Vaccination in the Punjab 1905-1918 - 1905-1918
Year: 1905
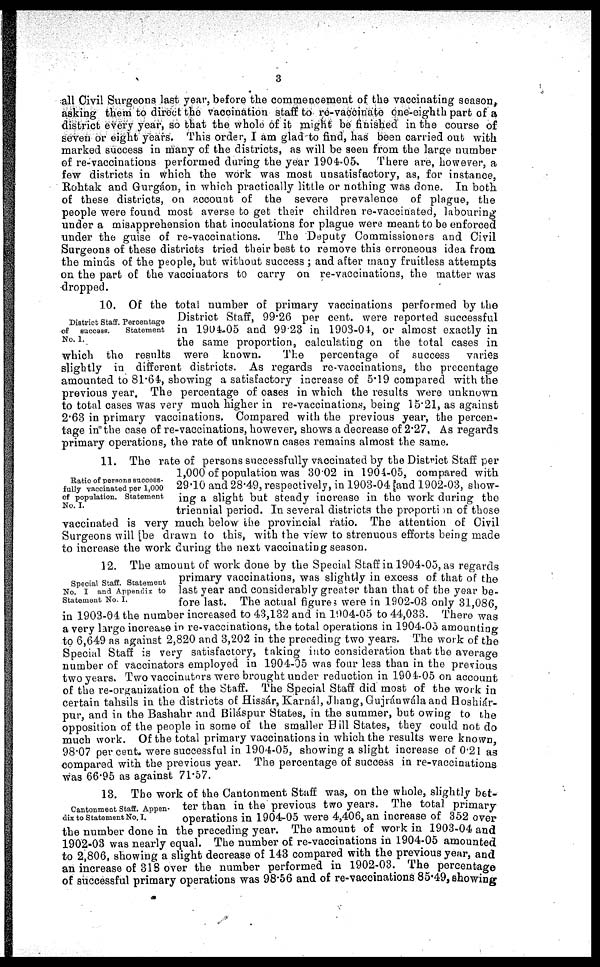
3
all Civil Surgeons last year, before the commencement of the vaccinating season,
asking them to direct the vaccination staff to re-vaccinate one-eighth part of a
district every year, so that the whole of it might be finished in the course of
seven or eight years. This order, I am glad to find, has been carried out with
marked success in many of the districts, as will be seen from the large number
of re-vaccinations performed during the year 1904-05. There are, however, a
few districts in which the work was most unsatisfactory, as, for instance,
Rohtak and Gurgáon, in which practically little or nothing was done. In both
of these districts, on account of the severe prevalence of plague, the
people were found most averse to get their children re-vaccinated, labouring
under a misapprehension that inoculations for plague were meant to be enforced
under the guise of re-vaccinations. The Deputy Commissioners and Civil
Surgeons of these districts tried their best to remove this erroneous idea from
the minds of the people, but without success ; and after many fruitless attempts
on the part of the vaccinators to carry on re-vaccinations, the matter was
dropped.
District Staff. Percentage
of success.
Statement
No. 1.
10. Of the total number of primary vaccinations performed by the
District Staff, 99.26 per cent. were reported successful
in 1904-05 and 99.23 in 1903-04, or almost exactly in
the same proportion, calculating on the total cases in
which the results were known.
The percentage of success varies
slightly in different districts. As regards re-vaccinations, the precentage
amounted to 81.64, showing a satisfactory increase of 5.19 compared with the
previous year. The percentage of cases in which the results were unknown
to total cases was very much higher in re-vaccinations, being 15.21, as against
2.63 in primary vaccinations. Compared with the previous year, the percen-
tage in the case of re-vaccinations, however, shows a decrease of 2.27, As regards
primary operations, the rate of unknown cases remains almost the same.
Ratio of persons success-
fully vaccinated per 1,000
of population. Statement
No. I.
11. The rate of persons successfully vaccinated by the District Staff per
1,000 of population was 30.02 in 1904-05, compared with
29.10 and 28.49, respectively, in 1903-04 [and 1902-03, show-
ing a slight but steady increase in the work during the
triennial period. In several districts the proportion of those
vaccinated is very much below the provincial ratio. The attention of Civil
Surgeons will [be drawn to this, with the view to strenuous efforts being made
to increase the work during the next vaccinating season.
Special Staff. Statement
No. I and Appendix to
Statement No. 1.
12. The amount of work done by the Special Staff in 1904-05, as regards
primary vaccinations, was slightly in excess of that of the
last year and considerably greater than that of the year be-
fore last. The actual figures were in 1902-03 only 31,086,
in 1903-04 the number increased to 43,132 and in 1904-05 to 44,033. There was
a very large increase in re-vaccinations, the total operations in 1904-05 amounting
to 6,649 as against 2,820 and 3,202 in the preceding two years. The work of the
Special Staff is very satisfactory, taking into consideration that the average
number of vaccinators employed in 1904-05 was four less than in the previous
two years. Two vaccinators were brought under reduction in 1904-05 on account
of the re-organization of the Staff. The Special Staff did most of the work in
certain tahsils in the districts of Hissár, Karnál, Jhang,Gujrán wála and Hoshiár-
pur, and in the Bashahr and Biláspur States, in the summer, but owing to the
opposition of the people in some of the smaller Hill States, they could not do
much work. Of the total primary vaccinations in which the results were known
98.07 per cent. were successful in 1904-05, showing a slight increase of 0.21 as
compared with the previous year. The percentage of success in re-vaccinations
was 66.95 as against 71.57.
Cantonment Staff. Appen-
dix to Statement No. 1.
13. The work of the Cantonment Staff was, on the whole, slightly bet-
ter than in the previous two years. The total primary-
operations in 1904-05 were 4,406, an increase of 352 over
the number done in the preceding year. The amount of work in 1903-04 and
1902-03 was nearly equal. The number of re-vaccinations in 1904-05 amounted
to 2,806, showing a slight decrease of 143 compared with the previous year, and
an increase of 318 over the number performed in 1902-03. The percentage
of successful primary operations was 98.56 and of re-vaccinations 85.49, showing